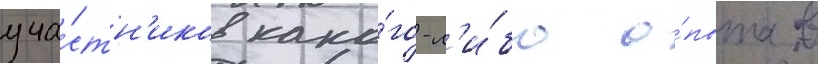
уча́стн'иков како́го-л'и́бо о́пыта в